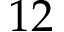
1 2